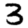
Digit: 3